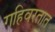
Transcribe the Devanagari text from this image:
गहिवरतात